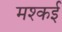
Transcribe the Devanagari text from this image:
मश्कई